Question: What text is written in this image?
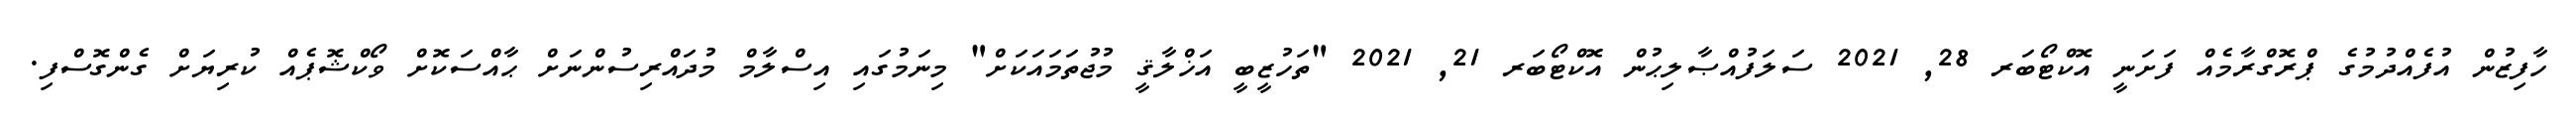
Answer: ހާފިޒުން އުފެއްދުމުގެ ޕްރޮގްރާމެއް ފަށަނީ އޮކްޓޯބަރ 28, 2021 ސަލަފުއްޞާލިޙުން އޮކްޓޯބަރ 21, 2021 "ތަހުޒީބީ އަޚްލާޤީ މުޖުތަމައަކަށް" މިނަމުގައި އިސްލާމް މުދައްރިސުންނަށް ޙާއްސަކޮށް ވޯކްޝޮޕެއް ކުރިޔަށް ގެންގޮސްފި.